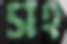
সহ